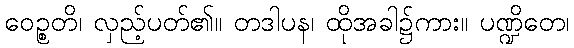
ဝေဉ္စတိ၊ လှည့်ပတ်၏။ တဒါပန၊ ထိုအခါ၌ကား။ ပဏ္ဍိတေ၊